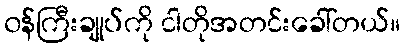
၀န်ကြီးချုပ်ကို ငါတိုအတင်းခေါ်တယ်။